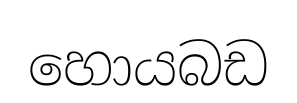
හොයබඩ